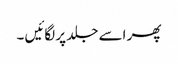
پھر اسے جلد پر لگائیں ۔